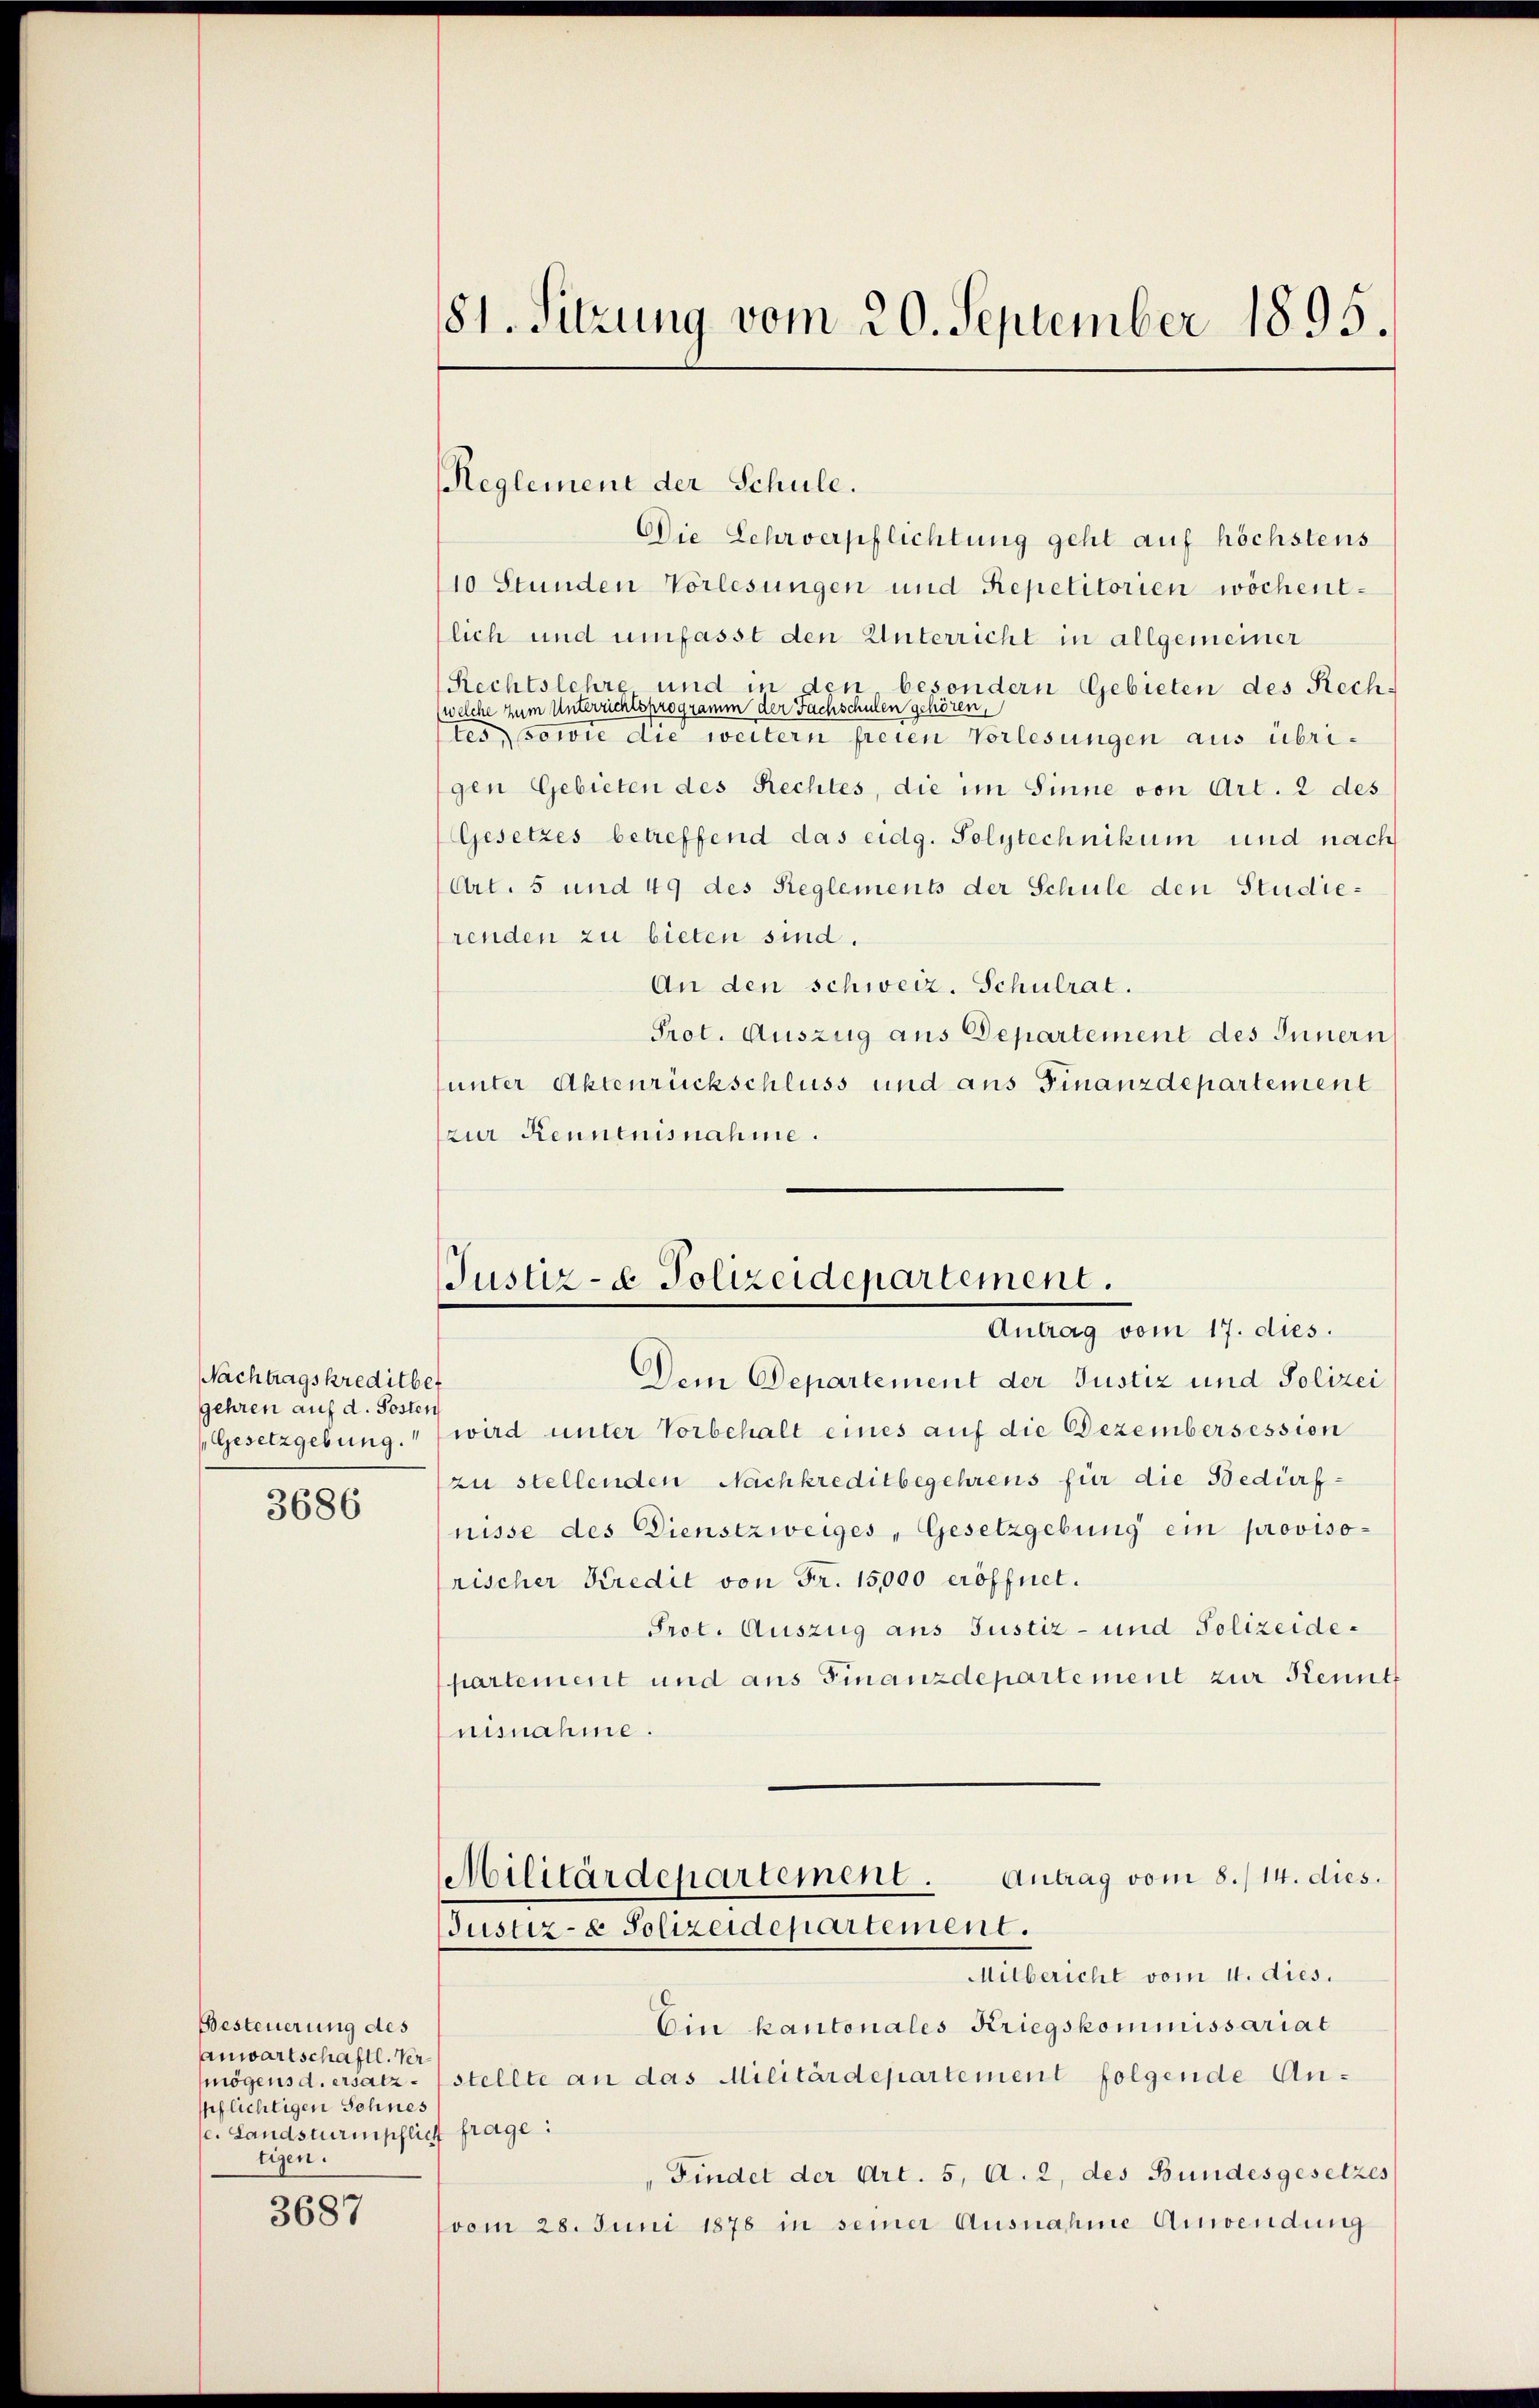
Nachtragskreditber
gehren auf d. Posten

3686

Besteuerung des
Anwartschaftl. Vermögens d. ersatzspflichtigen Sohnes
se. Landsturmschlich frage:
tigen.

3687

181. Sitzung vom 20. September 1895.

Justiz- & Polizeidepartement.
Antrag vom 17. dies.

Reglement der Schule.
Die Lehrverpflichtung geht auf höchstens
10 Stunden Vorlesungen und Repetitorien wöchentlich und umfasst den Unterricht in allgemeiner
Rechtslehre und in den, besondern Gebieten des Rechwelche zum Unterrichtsprogramm der Fachschulen gehören,
tes, sowie die weitern freien Vorlesungen aus übrigen Gebieten des Rechtes, die im Sinne von Art. 2 des
Gesetzes betreffend das eidg. Polytechnikum und nach
Art. 5 und 49 des Reglements der Schule den Studierenden zu bieten sind.
An den schweiz. Schulrat.
Prot. Auszug aus Departement des Innern
(unter Aktenrückschluss und aus Finanzdepartement
zur Rennenisnahme.
Dem Departement der Justiz und Polizei
Gesetzgebung." wird unter Vorbehalt eines auf die Dezembersession
zu stellenden Nachkreditbegehrens für die Bedürfnisse des Dienstzweiges, Gesetzgebung ein provisorischer Kredit von Fr. 15,000 eröffnet.
Prot. Auszug aus Justiz- und Polizeidepartement und aus Finanzdepartement zur Kennt
nisnahme.
Antrag vom 8./14. dies.
Militärdepartement.
Justiz- & Polizeidepartement.
Mitbericht vom 4. dies.
Ein kantonales Kriegskommissariat
stellte an das Militärdepartement folgende An¬
„Findet der Art. 5, A. 2, des Bundesgesetzes
(vom 28. Juni 1878 in seiner Ausnahme Anwendung